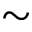
\sim